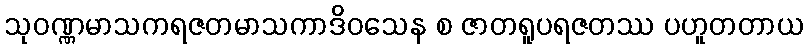
သုဝဏ္ဏမာသကရဇတမာသကာဒိဝသေန စ ဇာတရူပရဇတဿ ပဟူတတာယ